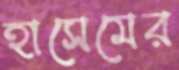
হাসেমের